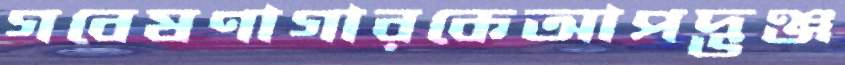
গবেষণাগারকেআপদ্‌ভঞ্জ